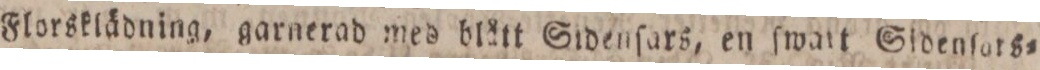
Florsklädning, garnerad med blått Sidenſars, en ſwatt Sidenſars=